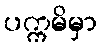
ပက္ကမိမှာ